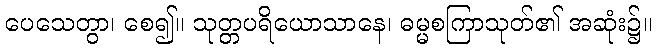
ပေသေတွာ၊ စေ၍။ သုတ္တပရိယောသာနေ၊ ဓမ္မစကြာသုတ်၏ အဆုံး၌။